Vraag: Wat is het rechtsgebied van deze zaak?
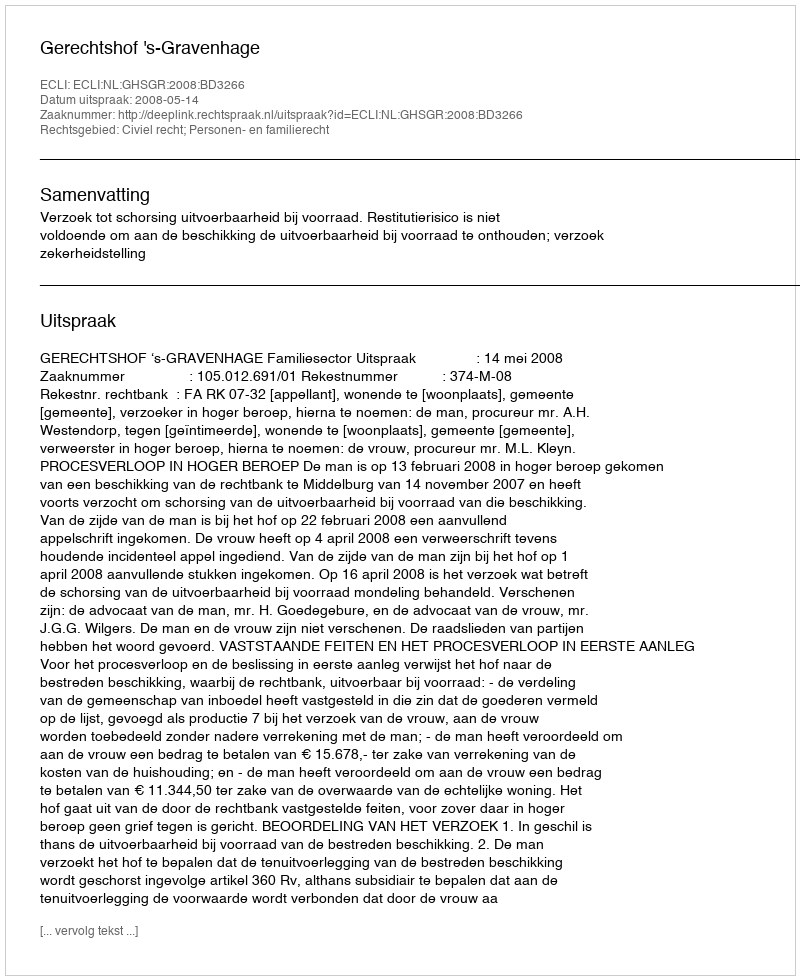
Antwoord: Civiel recht; Personen- en familierecht